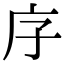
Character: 𭙒